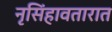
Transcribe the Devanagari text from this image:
नृसिंहावतारात